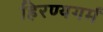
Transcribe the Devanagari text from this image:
हिरण्यगर्म